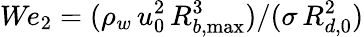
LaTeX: \textit{We}_{2}=(\rho_{w}\, u_{0}^{2}\, R_{b,\operatorname*{max}}^{3})/(\sigma\, R_{d,0}^{2})